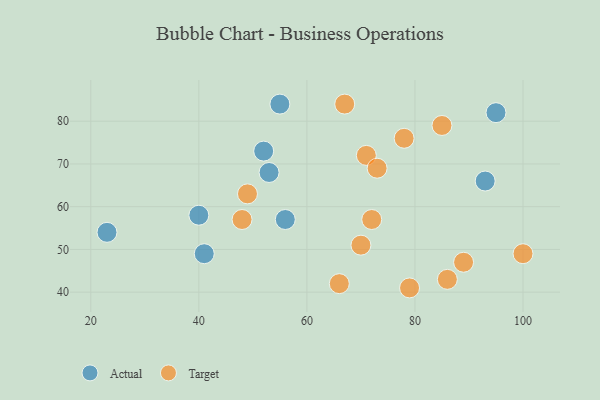
{"axis": {"x": "GDP", "y": "Life Expectancy"}, "legend": ["Actual", "Target"], "data": [{"x": "93", "y": 66, "type": "Actual"}, {"x": "23", "y": 54, "type": "Actual"}, {"x": "53", "y": 68, "type": "Actual"}, {"x": "56", "y": 57, "type": "Actual"}, {"x": "52", "y": 73, "type": "Actual"}, {"x": "40", "y": 58, "type": "Actual"}, {"x": "41", "y": 49, "type": "Actual"}, {"x": "55", "y": 84, "type": "Actual"}, {"x": "95", "y": 82, "type": "Actual"}, {"x": "71", "y": 72, "type": "Target"}, {"x": "79", "y": 41, "type": "Target"}, {"x": "49", "y": 63, "type": "Target"}, {"x": "86", "y": 43, "type": "Target"}, {"x": "72", "y": 57, "type": "Target"}, {"x": "100", "y": 49, "type": "Target"}, {"x": "78", "y": 76, "type": "Target"}, {"x": "85", "y": 79, "type": "Target"}, {"x": "48", "y": 57, "type": "Target"}, {"x": "89", "y": 47, "type": "Target"}, {"x": "70", "y": 51, "type": "Target"}, {"x": "66", "y": 42, "type": "Target"}, {"x": "73", "y": 69, "type": "Target"}, {"x": "67", "y": 84, "type": "Target"}]}